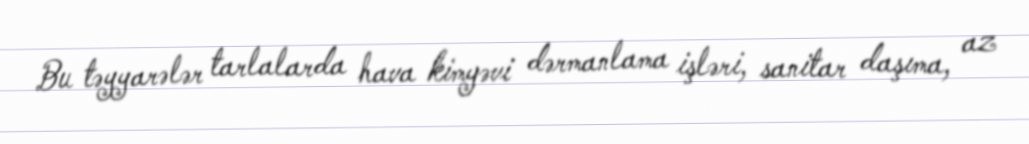
Bu təyyarələr tarlalarda hava kimyəvi dərmanlama işləri, sanitar daşıma, az